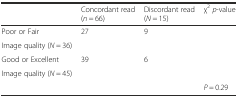
|  | Concordant read (n = 66) | Discordant read (N = 15) | χ2p-value |
 | --- | --- | --- | --- |
 | Poor or Fair | <ROWSPAN=2> 27 | <ROWSPAN=2> 9 | <ROWSPAN=2>  |
 | Image quality (N = 36) |
 | Good or Excellent | <ROWSPAN=2> 39 | <ROWSPAN=2> 6 | <ROWSPAN=2>  |
 | Image quality (N = 45) |
 |  |  |  | P = 0.29 |